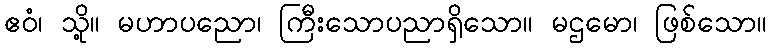
ဧဝံ၊ သို့။ မဟာပညော၊ ကြီးသောပညာရှိသော။ မဌမော၊ ဖြစ်သော။